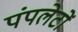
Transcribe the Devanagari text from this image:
पंपलेटों